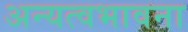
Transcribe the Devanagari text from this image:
अन्यत्वभावना